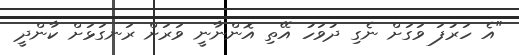
"އެ ހަރުފަ ވަގަށް ނެގި ދުވަހު އޭތި އޮންނާނީ ވަރަށް ރަނގަޅަށް ކާންދީ